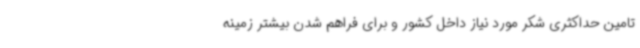
تامین حداکثری شکر مورد نیاز داخل کشور و برای فراهم شدن بیشتر زمینه